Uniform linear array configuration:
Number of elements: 48
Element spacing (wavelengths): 1
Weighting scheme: exponential
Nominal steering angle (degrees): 45
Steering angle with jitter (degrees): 46.19
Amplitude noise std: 0.05
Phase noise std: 0.05

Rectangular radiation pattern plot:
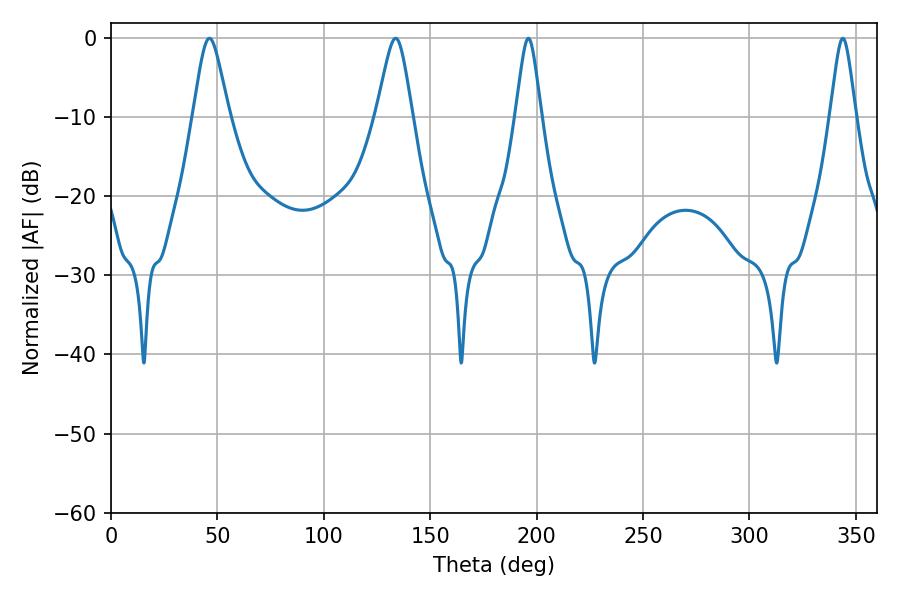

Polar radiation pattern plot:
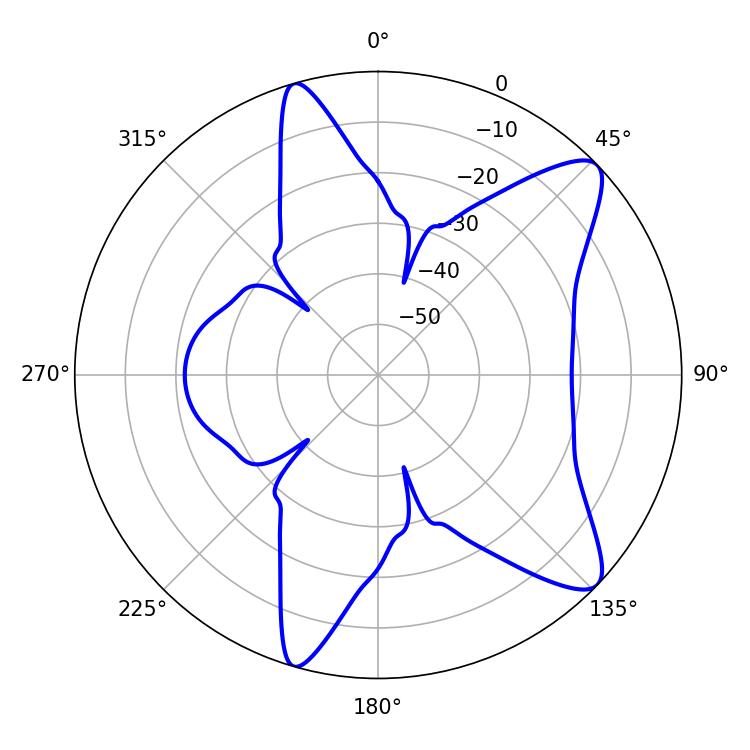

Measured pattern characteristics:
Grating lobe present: TRUE
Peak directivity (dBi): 10.286
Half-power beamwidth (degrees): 8.28
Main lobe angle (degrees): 46.26